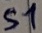
Text: S1